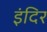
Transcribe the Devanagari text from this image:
इंदिर